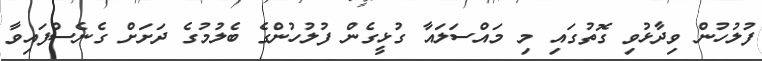
ފުލުހުން ވިދާޅުވި ގޮތުގައި މި މައްސަލައާ ގުޅީގެން ފުލުހުންގެ ބެލުމުގެ ދަށަށް ގެނެސްފައިވާ